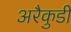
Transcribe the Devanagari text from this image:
अरैकुडी